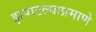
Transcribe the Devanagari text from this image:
झपाटल्याप्रमाणे